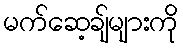
မက်ဆေ့ချ်များကို